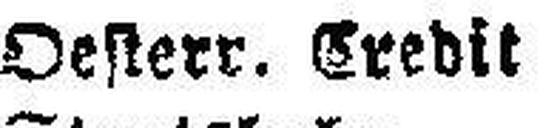
Oesterr. Credit